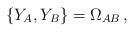
LaTeX: \begin{align*} \{ Y_A, Y_B \} = \Omega_{AB}\, ,\end{align*}